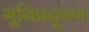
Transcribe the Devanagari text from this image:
भूमिप्रदूषण